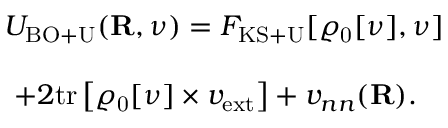
\begin{array} { l } { { \displaystyle { \cal U } _ { \mathrm { B O + U } } ( { \bf R } , \nu ) = { \cal F } _ { \mathrm { K S + U } } [ \varrho _ { \mathrm { 0 } } [ \nu ] , \nu ] } } \\ { ~ ~ } \\ { { \displaystyle ~ + 2 \mathrm { t r } \left[ \varrho _ { \mathrm { 0 } } [ \nu ] \times v _ { \mathrm { e x t } } \right] + v _ { n n } ( { \bf R } ) . } } \end{array}